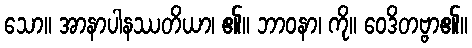
သော။ အာနာပါနဿတိယာ၊ ၏။ ဘာဝနာ၊ ကို။ ဝေဒိတဗ္ဗာ၏။